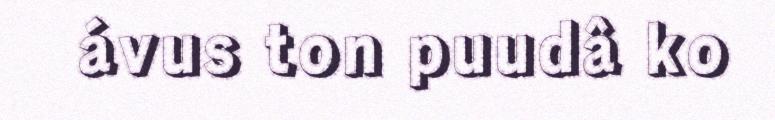
ávus ton puudâ ko